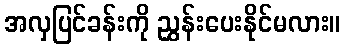
အလှပြင်ခန်းကို ညွှန်းပေးနိုင်မလား။